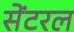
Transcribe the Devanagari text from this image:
सेंटरल